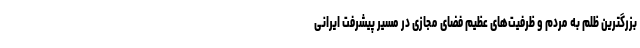
بزرگترین ظلم به مردم و ظرفیت‌های عظیم فضای مجازی در مسیر پیشرفت ایرانی